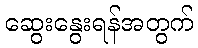
ဆွေးနွေးရန်အတွက်